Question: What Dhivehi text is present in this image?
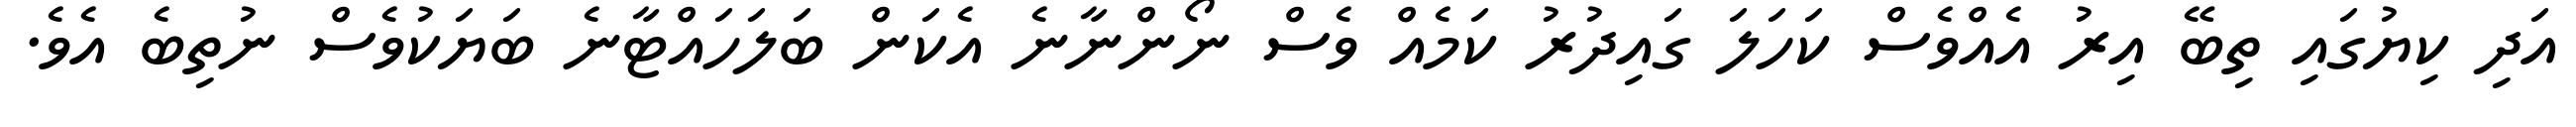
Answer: އަދި ކިޔުގައި ތިބޭ އިރު އެއްވެސް ކަހަލަ ގައިދުރު ކަމެއް ވެސް ނޯންނާނެ އެކަން ބަލަހައްޓާނެ ބަޔަކުވެސް ނުތިބެ އެވެ.